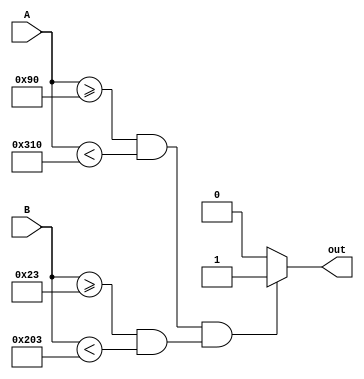
`timescale 1ns / 1ps
//////////////////////////////////////////////////////////////////////////////////
// Company: 
// Engineer: 
// 
// Design Name: 
// Module Name: cmp
// Project Name: 
// Target Devices: 
// Tool Versions: 
// Description: 
// 
// Dependencies: 
// 
// Revision:
// Revision 0.01 - File Created
// Additional Comments:
// 
//////////////////////////////////////////////////////////////////////////////////


module cmp(
    input [9:0]A,
    input [9:0]B,
    output reg out
);

always@(A, B)
begin
    if ((A >= 10'd144 && A < 10'd784) && (B >= 10'd35 && B < 10'd515))
        out = 1'b1;
    else
        out = 1'b0;
end

endmodule